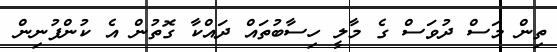
ތިން މަސް ދުވަސް ގެ މާލީ ހިސާބުތައް ދައްކާ ގޮތުން އެ ކުންފުނިން